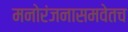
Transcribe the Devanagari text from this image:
मनोरंजनासमवेतच